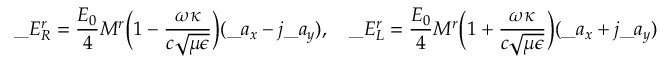
\_ E _ { \/ R } ^ { r } = { \frac { E _ { 0 } } { 4 } } M ^ { r } \Big ( 1 - { \frac { \omega \kappa } { c \sqrt { \mu \epsilon } } } \Big ) ( \_ a _ { x } - j \_ a _ { y } ) , \quad \_ E _ { \/ L } ^ { r } = { \frac { E _ { 0 } } { 4 } } M ^ { r } \Big ( 1 + { \frac { \omega \kappa } { c \sqrt { \mu \epsilon } } } \Big ) ( \_ a _ { x } + j \_ a _ { y } )